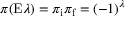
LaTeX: \pi ( \mathrm { E } \lambda ) = \pi _ { \mathrm { i } } \pi _ { \mathrm { f } } = ( - 1 ) ^ { \lambda }